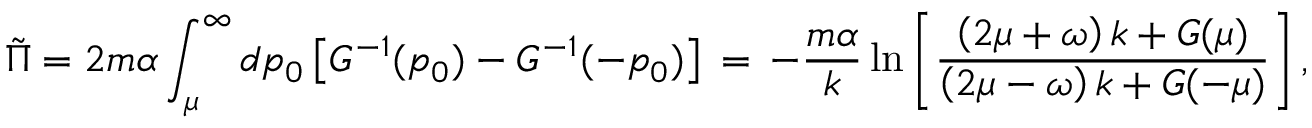
\tilde { \Pi } = { 2 m \alpha } \int _ { \mu } ^ { \infty } d p _ { 0 } \left[ G ^ { - 1 } ( p _ { 0 } ) - G ^ { - 1 } ( - p _ { 0 } ) \right] \, = \, - { \frac { m \alpha } { k } } \ln { \left[ { \frac { \left( 2 \mu + \omega \right) k + G ( \mu ) } { \left( 2 \mu - \omega \right) k + G ( - \mu ) } } \right] } \, ,